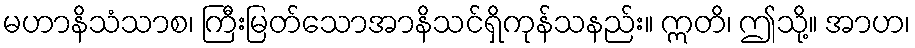
မဟာနိသံသာစ၊ ကြီးမြတ်သောအာနိသင်ရှိကုန်သနည်း။ ဣတိ၊ ဤသို့။ အာဟ၊